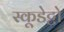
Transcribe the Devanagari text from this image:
स्कूडेट्टो